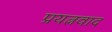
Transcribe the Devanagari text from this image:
प्रयत्नवाद